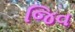
જિવ